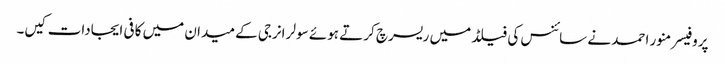
پروفیسر منور احمد نے سائنس کی فیلڈ میں ریسرچ کرتے ہوئے سولر انرجی کے میدان میں کافی ایجادات کیں۔